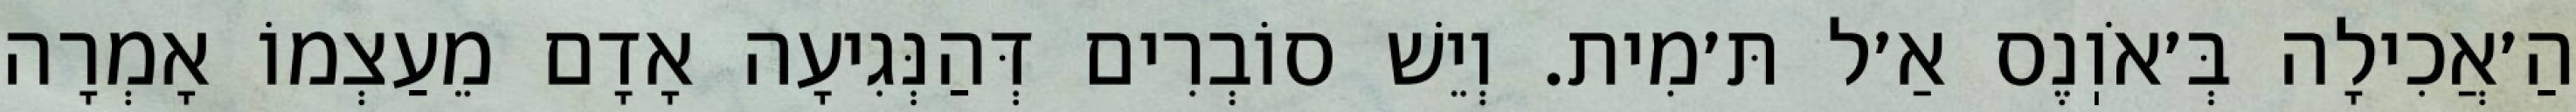
הַ׳אֲכִילָה בְּ׳אֹוֽנֶס אַ׳ל תּ׳מִית. וְיֵשׁ סוֹבְרִים דְּהַנְּגִיעָה אָדָם מֵעַצְמוֹ אָמְרָה